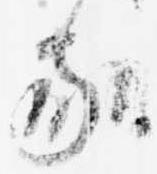
家